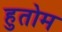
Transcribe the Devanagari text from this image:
हुतोम